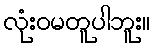
လုံးဝမတူပါဘူး။